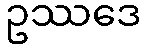
ဥဿဒေ